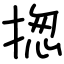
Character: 揔